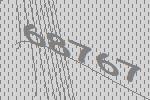
68767